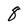
Character: 8